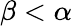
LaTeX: \beta<\alpha